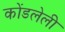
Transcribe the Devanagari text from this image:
कोंडलेली